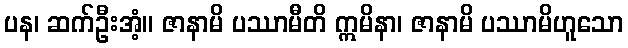
ပန၊ ဆက်ဦးအံ့။ ဇာနာမိ ပဿာမီတိ ဣမိနာ၊ ဇာနာမိ ပဿာမိဟူသော